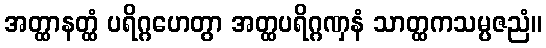
အတ္ထာနတ္ထံ ပရိဂ္ဂဟေတွာ အတ္ထပရိဂ္ဂဏှနံ သာတ္ထကသမ္ပဇညံ။